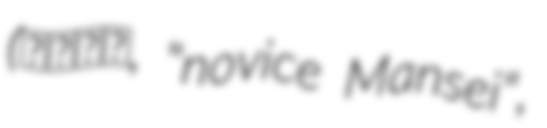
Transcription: (沙弥満誓, "novice Mansei",